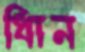
ধিান